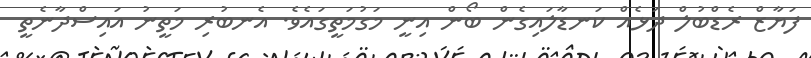
ފަޔާޒް ރެޑްބުލް ދަޅެއް ކަނޑާލައިގެން ބޯން އިނީ މަގުމަތީގައެވެ. އެނބުރި މަތީނު އައިސްދާނެތީ